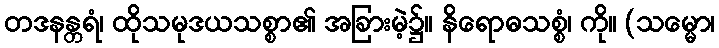
တဒနန္တရံ၊ ထိုသမုဒယသစ္စာ၏ အခြားမဲ့၌။ နိရောဓသစ္စံ၊ ကို။ (သမ္မော၊